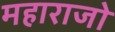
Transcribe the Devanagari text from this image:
महाराजो